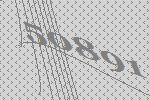
50891